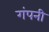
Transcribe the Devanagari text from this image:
गंपनी